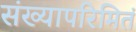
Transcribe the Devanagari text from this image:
संख्यापरिमितं